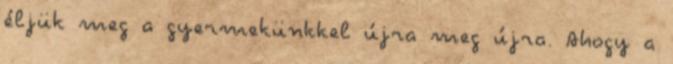
éljük meg a gyermekünkkel újra meg újra. Ahogy a